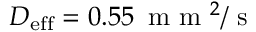
D _ { \mathrm { { e f f } } } = 0 . 5 5 \, \mathrm { ~ m ~ m ~ } ^ { 2 } / \mathrm { ~ s ~ }